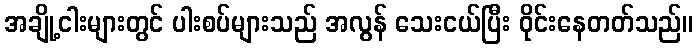
အချို့ငါးများတွင် ပါးစပ်များသည် အလွန် သေးငယ်ပြီး ဝိုင်းနေတတ်သည်။